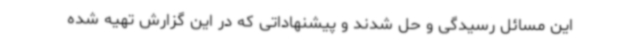
این مسائل رسیدگی و حل شدند و پیشنهاداتی که در این گزارش تهیه شده